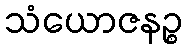
သံယောဇနဉ္စ